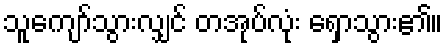
သူကျော်သွားလျှင် တအုပ်လုံး ရှောသွား၏။